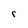
Character: r